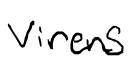
Text: virens
Cross-out: clean
Writing tool: digital_black